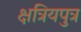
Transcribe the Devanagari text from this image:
क्षत्रियपुत्र